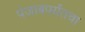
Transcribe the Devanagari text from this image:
पंजाबपर्यंतचा